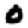
Digit: 0